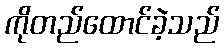
ကိုတည်ထောင်ခဲ့သည်